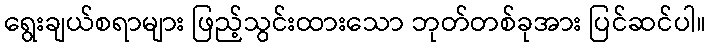
ရွေးချယ်စရာများ ဖြည့်သွင်းထားသော ဘုတ်တစ်ခုအား ပြင်ဆင်ပါ။